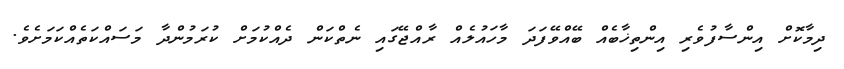
ދިމާކޮށް އިންސާފުވެރި އިންތިޚާބެއް ބޭއްވޭފަދަ މާހައުލެއް ރާއްޖޭގައި ނެތްކަން ދެއްކުމަށް ކުރަމުންދާ މަސައްކަތެއްކަމަށެވެ.